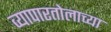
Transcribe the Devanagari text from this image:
व्यापारतोलाच्या